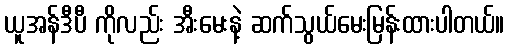
ယူအန်ဒီပီ ကိုလည်း အီးမေးနဲ့ ဆက်သွယ်မေးမြန်းထားပါတယ်။